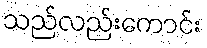
သည်လည်းကောင်း